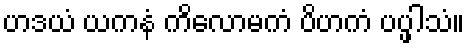
ဟဒယံ ယကနံ ကိလောမကံ ပိဟကံ ပပ္ဖါသံ။